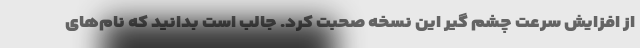
از افزایش سرعت چشم گیر این نسخه صحبت کرد. جالب است بدانید که نام‌های